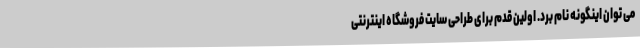
می توان اینگونه نام برد. اولین قدم برای طراحی سایت فروشگاه اینترنتی